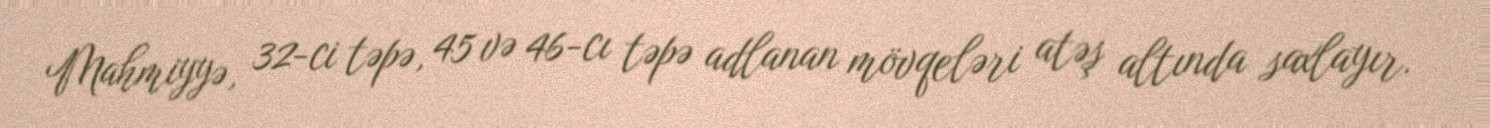
Mahmiyyə, 32-ci təpə, 45 və 46-cı təpə adlanan mövqeləri atəş altında saxlayır.